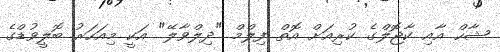
ޝާހް އާއި ކާޖޮލްގެ ކުރިއަށް އޮތް ފިލްމް "ދިލްވާލޭ" އަކީ މިއަހަރު ބޮލީވުޑްގެ